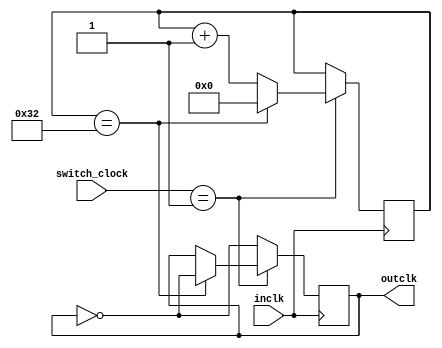
module slowclock(inclk,switch_clock,outclk);
	parameter max = 25'd50;
	input inclk;
	input [1:0] switch_clock;
	output reg outclk = 0;
	
	reg [24:0] count = 0;
	
	always @(posedge inclk)
		begin
			if (switch_clock == 2'b01)
				begin
					if (count == max)
						begin
							outclk = ~outclk;
							count = 0;
						end
					else
						begin
							count = count+1;
						end
				end
			else
				begin
					outclk = ~outclk;
				end	
		end
	
endmodule